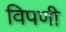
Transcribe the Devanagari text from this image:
विपणी